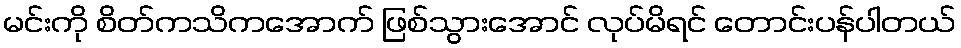
မင်းကို စိတ်ကသိကအောက် ဖြစ်သွားအောင် လုပ်မိရင် တောင်းပန်ပါတယ်